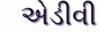
એડીવી